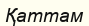
Қаттам